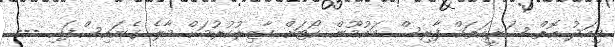
މިއަދު އޮތް ޝަރީއަތައް ފާރިސް މައުމޫން ކޯޓަށް ހާޒިރުކުރުމަށް މާލެ ގެނައިސްފައި ---